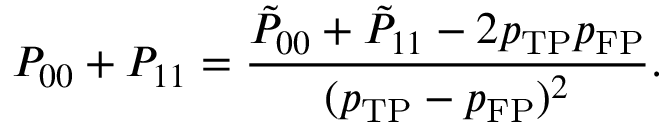
P _ { 0 0 } + P _ { 1 1 } = \frac { \tilde { P } _ { 0 0 } + \tilde { P } _ { 1 1 } - 2 p _ { \mathrm { T P } } p _ { \mathrm { F P } } } { ( p _ { \mathrm { T P } } - p _ { \mathrm { F P } } ) ^ { 2 } } .